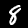
Digit: 8